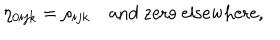
\eta _ { 0 i j k } = \rho _ { i j k } \quad \mathrm { a n d ~ z e r o ~ e l s e w h e r e } ,